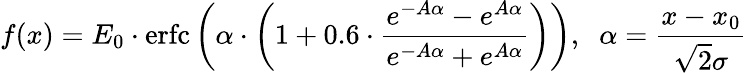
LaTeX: f(x)=E_{0}\cdot\mathrm{erfc}\left(\alpha\cdot\left(1+0.6\cdot\frac{e^{-A\alpha}-e^{A\alpha}}{e^{-A\alpha}+e^{A\alpha}}\right)\right),\; \; \alpha=\frac{x-x_{0}}{\sqrt{2}\sigma}